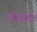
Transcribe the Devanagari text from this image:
वैजहॉट